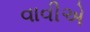
વાવીએ